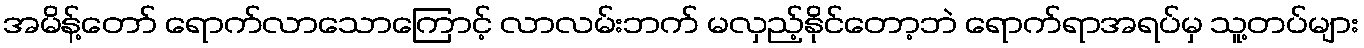
အမိန့်တော် ရောက်လာသောကြောင့် လာလမ်းဘက် မလှည့်နိုင်တော့ဘဲ ရောက်ရာအရပ်မှ သူ့တပ်များ